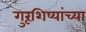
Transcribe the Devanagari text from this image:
गुरूशिष्यांच्या